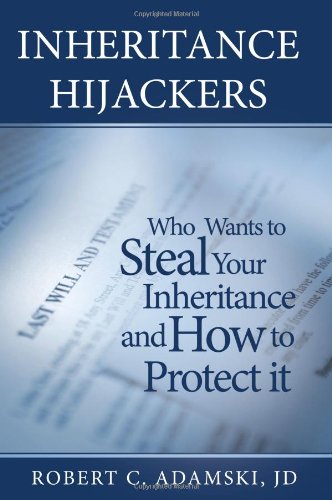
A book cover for Inheritance Hijackers: Who Wants to Steal Your Inheritance and How to Protect It; Robert C. Adamski; Law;